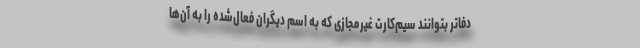
دفاتر بتوانند سیم‌کارت غیرمجازی که به اسم دیگران فعال‌شده را به آن‌ها